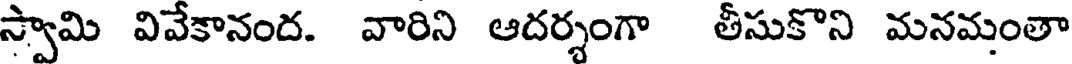
స్వామి వివేకానంద. వారిని ఆదర్శంగా తీసుకొని మనమంతా